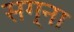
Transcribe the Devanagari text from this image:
सग्ना